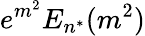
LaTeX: e^{m^{2}}E_{n^{*}}(m^{2})